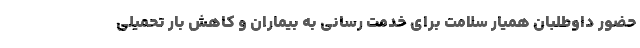
حضور داوطلبان همیار سلامت برای خدمت رسانی به بیماران و کاهش بار تحمیلی